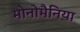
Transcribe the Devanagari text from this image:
मोनोमैनिया